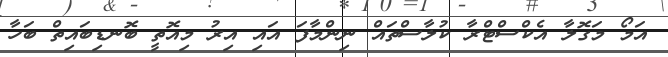
އަމޯ މަގޮލާ އެކްސްޓްރާ ކުލާސްތައް ނިންމާފަ އައި އިރު މިއޮތީ ބޮނޑިބައިތް ބަހާ